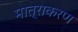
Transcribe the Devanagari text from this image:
मात्राकरण